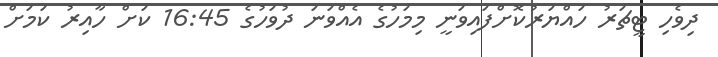
ދިވެހި ޓީޗަރު ހައްޔަރުކޮށްފައިވަނީ މިމަހުގެ އެއްވަނަ ދުވަހުގެ 16:45 ކަށް ހާއިރު ކަމަށް